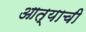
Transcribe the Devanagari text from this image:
आत्याची